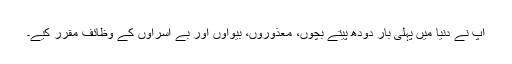
آپ نے دنیا میں پہلی بار دودھ پیتے بچوں، معذوروں، بیواؤں اور بے آسراؤں کے وظائف مقرر کیے۔